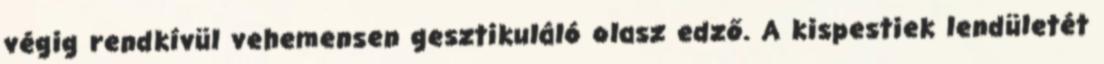
végig rendkívül vehemensen gesztikuláló olasz edző. A kispestiek lendületét